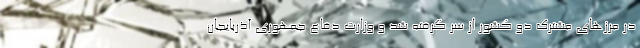
در مرزهای مشترک دو کشور از سر گرفته شد و وزارت دفاع جمهوری آذربایجان